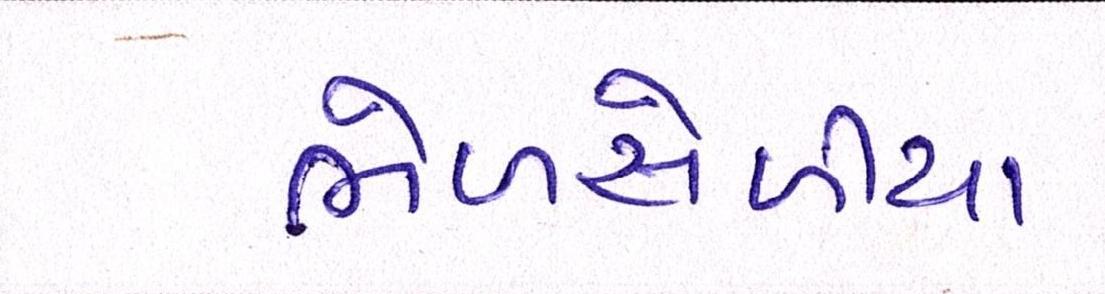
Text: ભેળસેળીયા